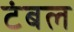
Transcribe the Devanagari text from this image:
टंबल